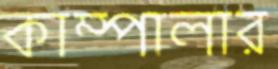
কাম্পালার